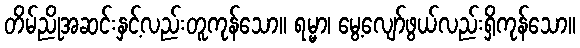
တိမ်ညိုအဆင်းနှင့်လည်းတူကုန်သော။ ရမ္မာ၊ မွေ့လျော်ဖွယ်လည်းရှိကုန်သော။